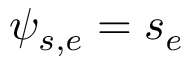
\psi _ { s , e } = s _ { e }